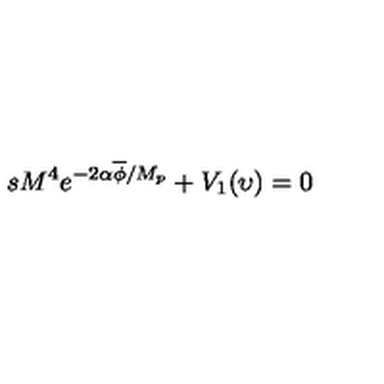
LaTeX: s M ^ { 4 } e ^ { - 2 \alpha \overline { { \phi } } / M _ { p } } + V _ { 1 } ( \upsilon ) = 0